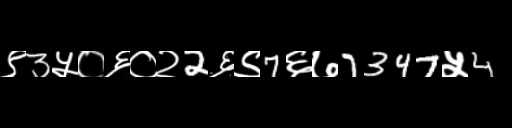
Text: ९3५०६०२2६९7६७7347५4